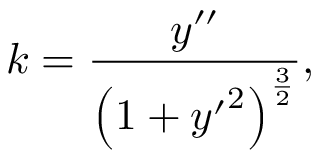
k = { \frac { y ^ { \prime \prime } } { \left( 1 + { y ^ { \prime } } ^ { 2 } \right) ^ { \frac { 3 } { 2 } } } } ,